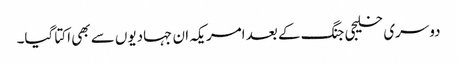
دوسری خلیجی جنگ کے بعد امریکہ ان جہادیوں سے بھی اکتا گیا۔